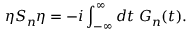
\eta S _ { n } \eta = - i \int _ { - \infty } ^ { \infty } d t \; G _ { n } ( t ) .